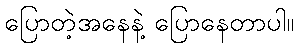
ပြောတဲ့အနေနဲ့ ပြောနေတာပါ။